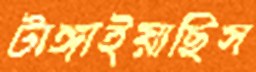
টাঙ্গাইয়াছিস